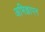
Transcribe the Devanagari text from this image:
अभिज्ञापन